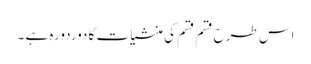
اس طرح قسم قسم کی منشیات کا دوردورہ ہے ۔